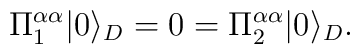
\Pi_1^{\alpha\alpha}|0\rangle_D=0= \Pi_2^{\alpha\alpha} |0\rangle_D.\,